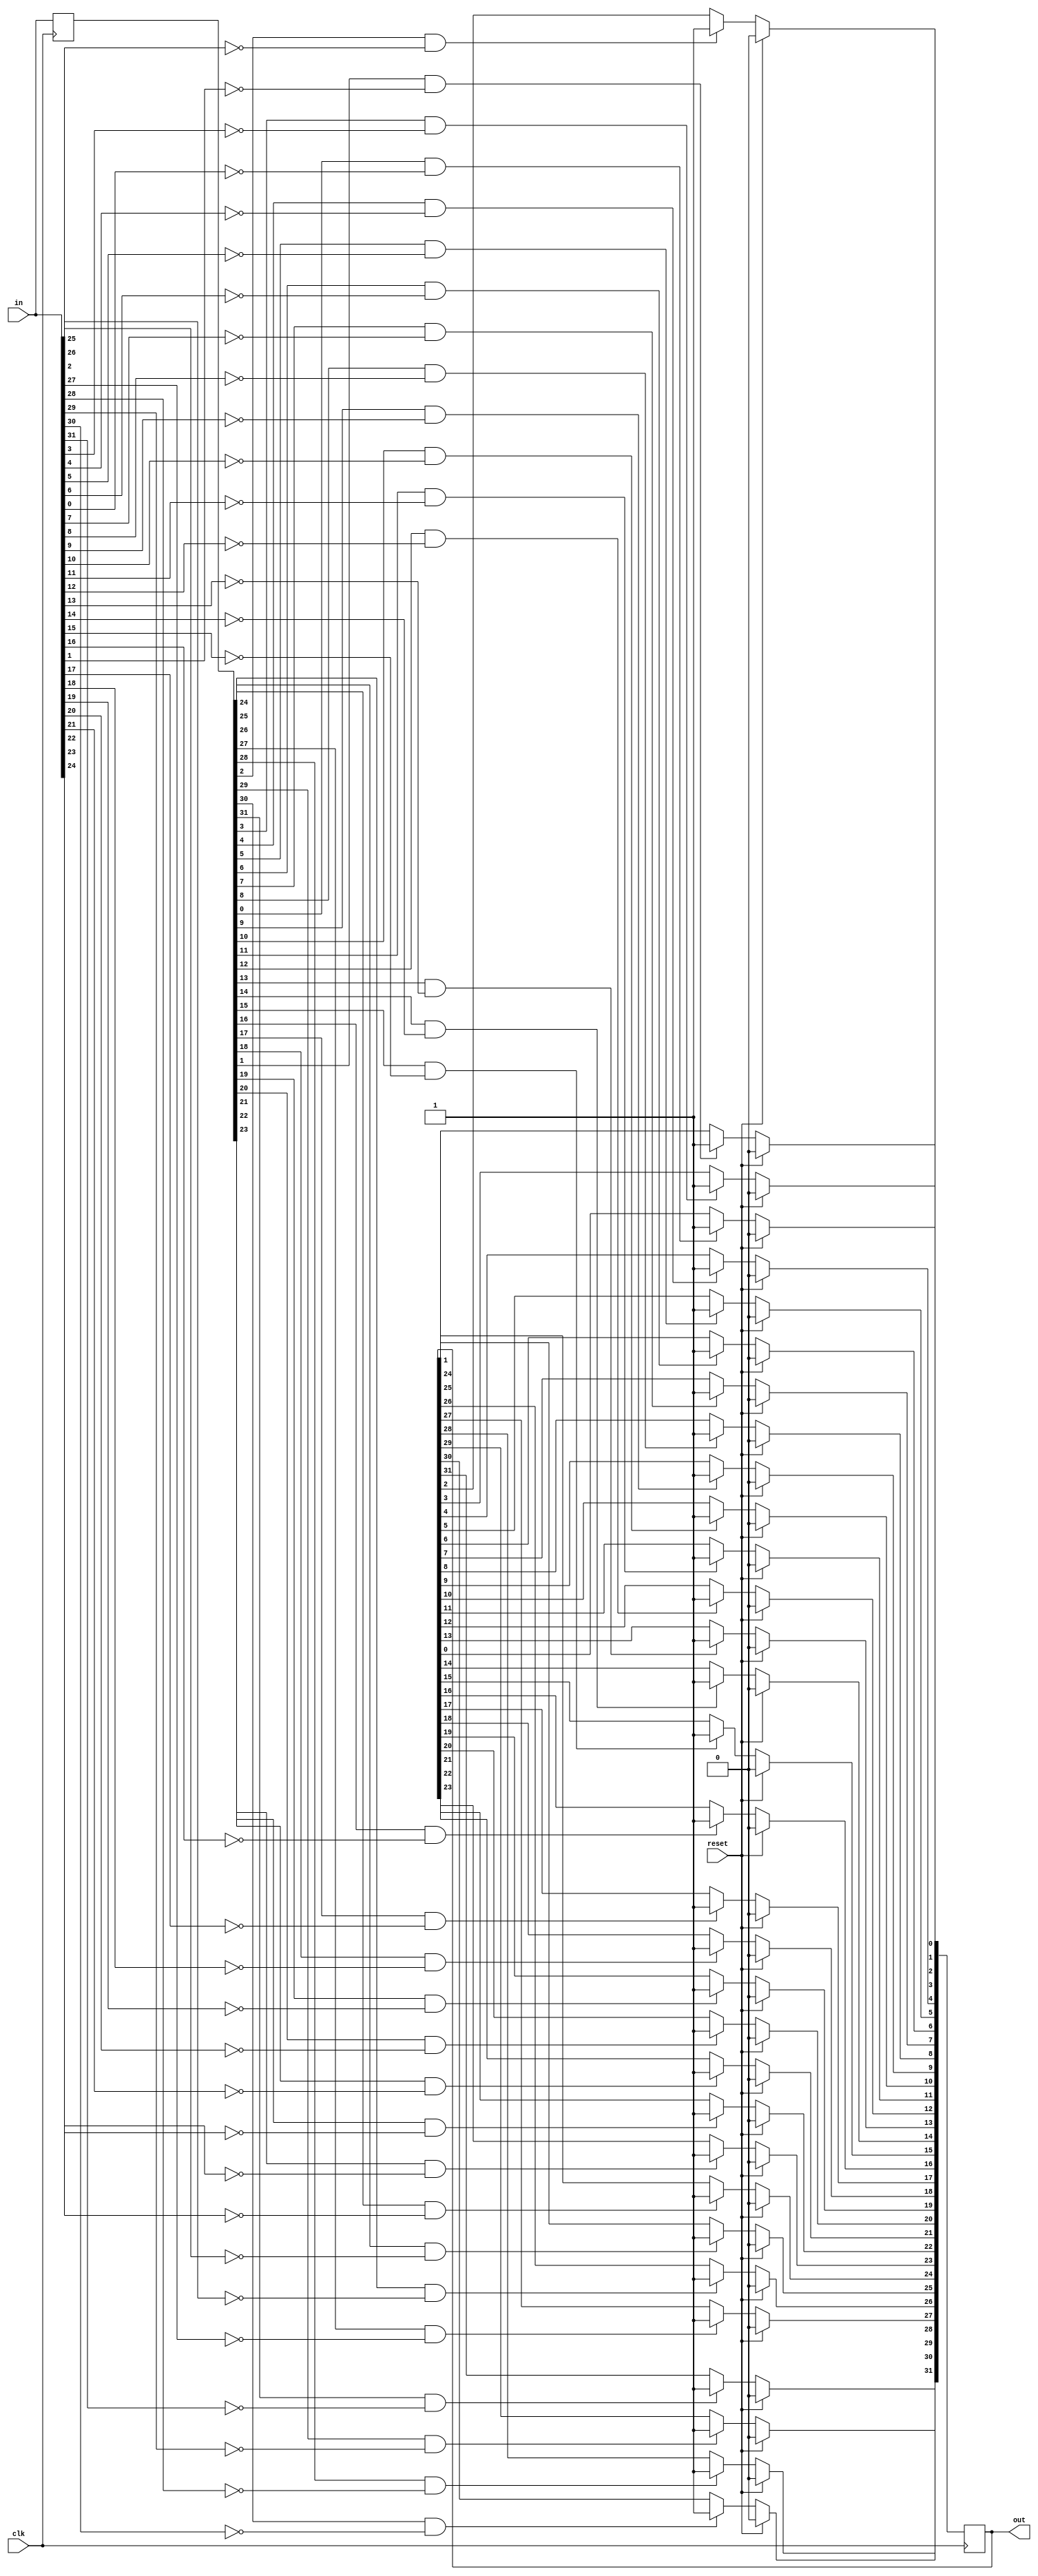
module top_module (
    input clk,
    input reset,
    input [31:0] in,
    output [31:0] out
);
    integer i;
   reg [31:0] last;
always @(posedge clk) begin
    last <= in;
    if (reset) out <= 0;
    else for (i = 0; i < 32; i = i + 1)
        out[i] <= last[i] & ~in[i] ? 1 : out[i];
end

endmodule